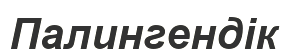
Палингендік